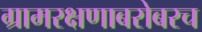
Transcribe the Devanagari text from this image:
ग्रामरक्षणाबरोबरच